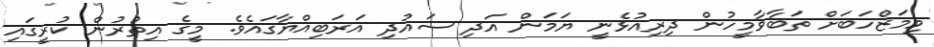
މިމަޒްހަބަށް ތަބާވާމީހުން ދިރިއުޅެނީ ޔަމަން އަދި ސައުދި އަރަބިއްޔާގައެވެ. މީގެ އިތުރުން ކުރީގައި